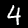
Digit: 4